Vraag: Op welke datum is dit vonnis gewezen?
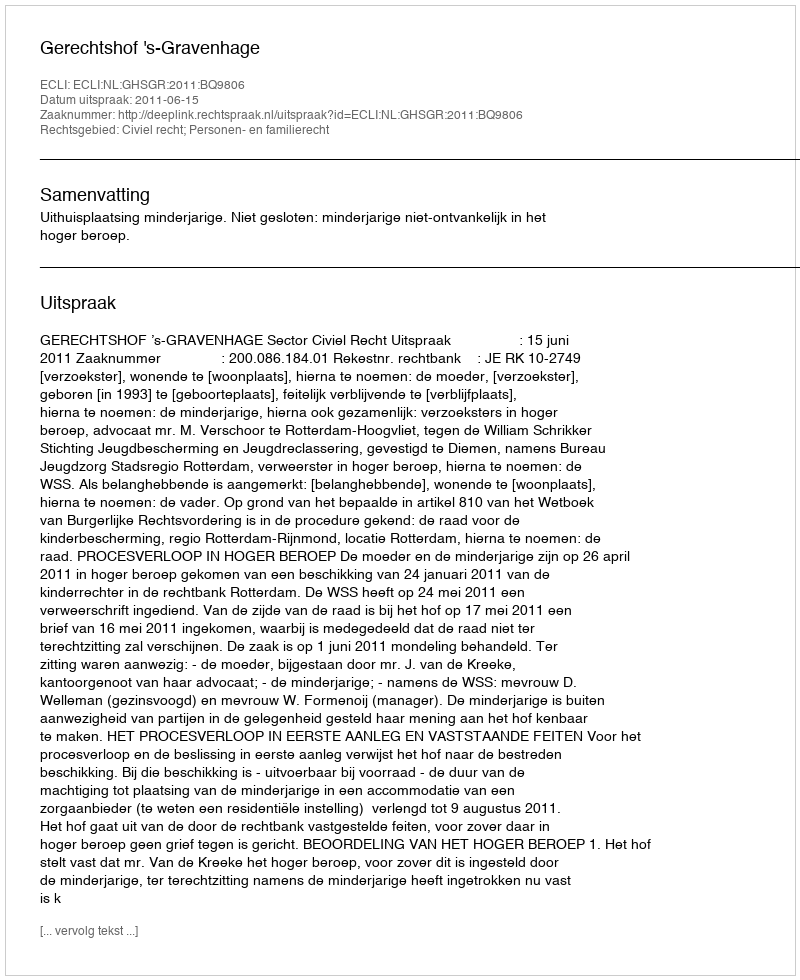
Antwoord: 2011-06-15